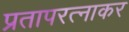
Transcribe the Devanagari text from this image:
प्रतापरत्नाकर